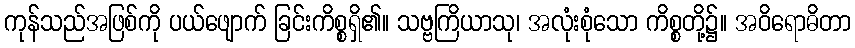
ကုန်သည်အဖြစ်ကို ပယ်ဖျောက် ခြင်းကိစ္စရှိ၏။ သဗ္ဗကြိယာသု၊ အလုံးစုံသော ကိစ္စတို့၌။ အဝိရောဓိတာ